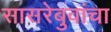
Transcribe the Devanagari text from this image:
सासरेबुवांचा